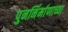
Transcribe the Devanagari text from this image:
पुनर्निर्माणाच्या